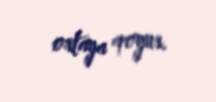
ortaya qoyur.